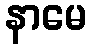
နာမေ